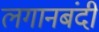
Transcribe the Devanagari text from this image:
लगानबंदी